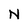
Character: N